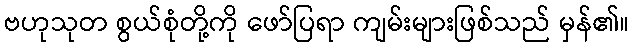
ဗဟုသုတ စွယ်စုံတို့ကို ဖော်ပြရာ ကျမ်းများဖြစ်သည် မှန်၏။